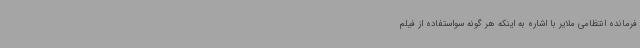
فرمانده انتظامی ملایر با اشاره به اینکه هر گونه سواستفاده از فیلم